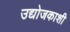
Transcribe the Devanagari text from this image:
उद्योजकाशी